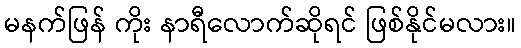
မနက်ဖြန် ကိုး နာရီလောက်ဆိုရင် ဖြစ်နိုင်မလား။